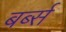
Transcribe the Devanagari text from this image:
बर्ब्स